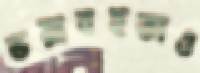
ভয়াবহতাও